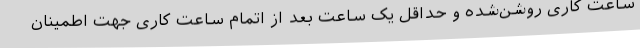
ساعت کاری روشن‌شده و حداقل یک ساعت بعد از اتمام ساعت کاری جهت اطمینان